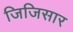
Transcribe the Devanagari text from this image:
जिजिसार